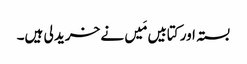
بستہ اور کتابیں مَیں نے خرید لی ہیں۔